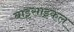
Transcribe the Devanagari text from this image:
बाइसाइकल